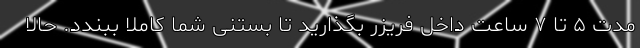
مدت ۵ تا ۷ ساعت داخل فریزر بگذارید تا بستنی شما کاملا ببندد. حالا